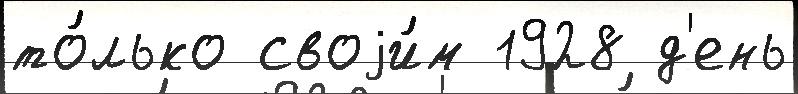
то́лько своjи́м 1928 д'ень